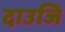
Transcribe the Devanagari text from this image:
दाउजि